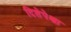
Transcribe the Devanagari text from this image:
दिशेपेक्षा